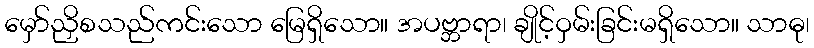
မှော်ညှိစသည်ကင်းသော မြေရှိသော။ အပဗ္ဘာရာ၊ ချိုင့်ဝှမ်းခြင်းမရှိသော။ သာဓု၊